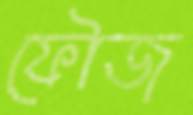
ফৌজ